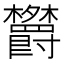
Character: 𬅕